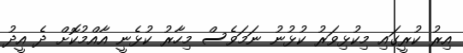
އިރު ކުރީގައި މިކުޅިވަރު ކުޅުނު ނަމަވެސް މިހާރު ކުޅެނީ އާއްމުކޮށް ދެ އީދު